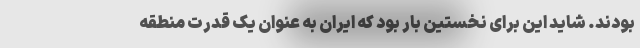
بودند. شاید این برای نخستین بار بود که ایران به عنوان یک قدرت منطقه